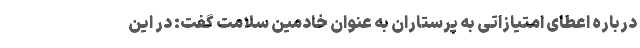
درباره اعطای امتیازاتی به پرستاران به عنوان خادمین سلامت گفت: در این